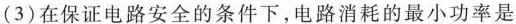
(3)在保证电路安全的条件下，电路消耗的最小功率是